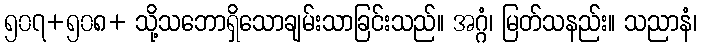
၅၀၇+၅၀၈+ သို့သဘောရှိသောချမ်းသာခြင်းသည်။ အဂ္ဂံ၊ မြတ်သနည်း။ သညာနံ၊